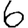
Digit: 6